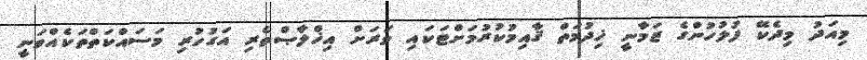
މިއަދު މިދެކޭ ފުލުހުންގެ ޒަމާނީ ޚިދުމަތް ޤާއިމުކުރުމަށްޓަކައި ވަރަށް އިޚްލާޞްތެރި އަގުހުރި މަސައްކަތްތަކެއްވަނީ